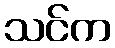
သင်က